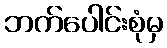
ဘက်ပေါင်းစုံမှ